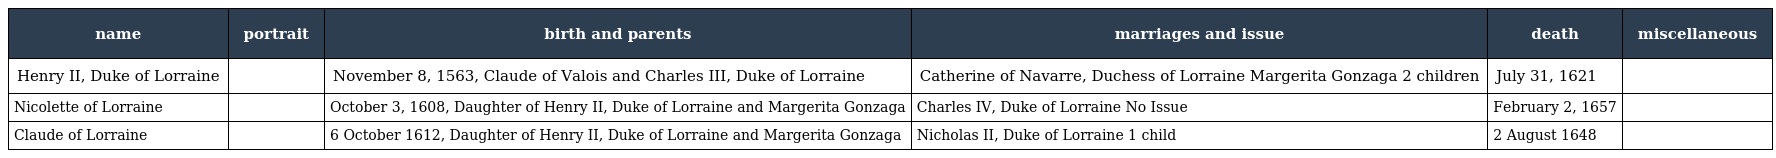
| name | portrait | birth and parents | marriages and issue | death | miscellaneous |
 | --- | --- | --- | --- | --- | --- |
 | Henry II, Duke of Lorraine |  | November 8, 1563, Claude of Valois and Charles III, Duke of Lorraine | Catherine of Navarre, Duchess of Lorraine Margerita Gonzaga 2 children | July 31, 1621 |  |
 | Nicolette of Lorraine |  | October 3, 1608, Daughter of Henry II, Duke of Lorraine and Margerita Gonzaga | Charles IV, Duke of Lorraine No Issue | February 2, 1657 |  |
 | Claude of Lorraine |  | 6 October 1612, Daughter of Henry II, Duke of Lorraine and Margerita Gonzaga | Nicholas II, Duke of Lorraine 1 child | 2 August 1648 |  |